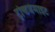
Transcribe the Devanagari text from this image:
ट्रोन्डजेमाइट